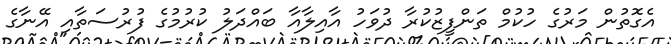
އެގޮތުން މަރުގެ ހުކުމް ތަންފީޒުކުރާ ދުވަހު އާއިލާއާ ބައްދަލު ކުރުމުގެ ފުރުސަތާއި އޭނާގެ